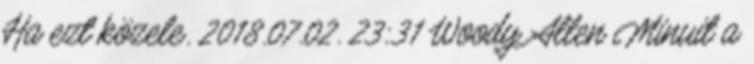
Ha ezt közele. 2018.07.02. 23:31 Woody Allen Minuit a